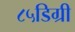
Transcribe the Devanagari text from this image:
८५डिग्री